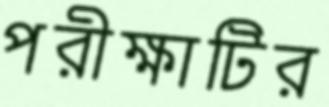
পরীক্ষাটির